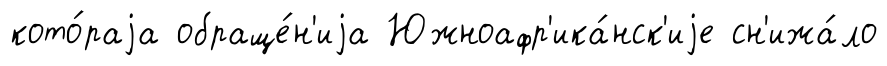
кото́раjа обраще́н'иjа Южноафр'ика́нск'иjе сн'ижа́ло